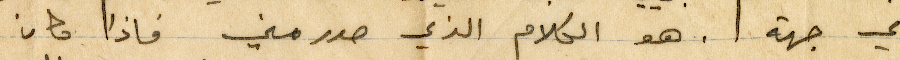
أي جهة. هو الكلام الذي صدر مني فاذا كان مكان